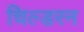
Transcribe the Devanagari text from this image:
चिल्डरन